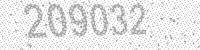
Solution: 209032